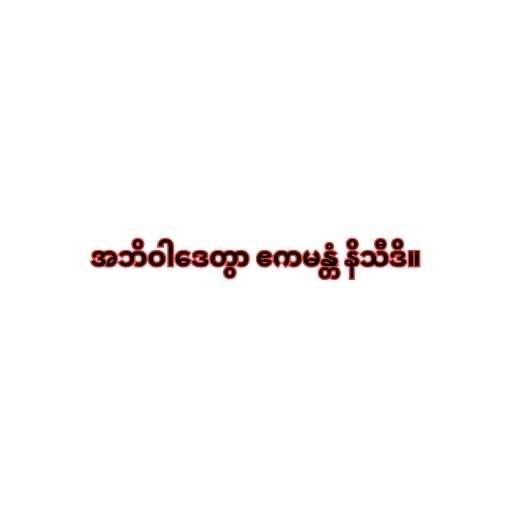
အဘိဝါဒေတွာ ဧကမန္တံ နိသီဒိ။